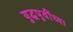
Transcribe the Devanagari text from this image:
युद्धपूर्वीच्या